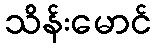
သိန်းမောင်